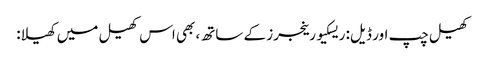
کھیل چپ اور ڈیل: ریسکیو رینجرز کے ساتھ، بھی اس کھیل میں کھیلا: